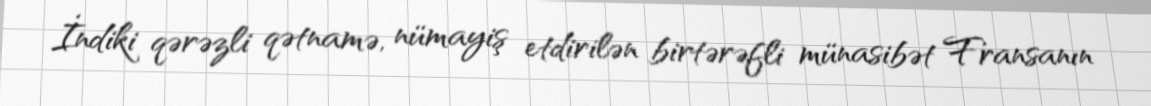
İndiki qərəzli qətnamə, nümayiş etdirilən birtərəfli münasibət Fransanın